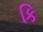
કિ